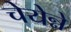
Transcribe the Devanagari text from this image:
चेयेन्ने